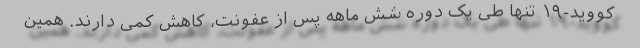
کووید-۱۹ تنها طی یک دوره شش ماهه پس از عفونت، کاهش کمی دارند. همین